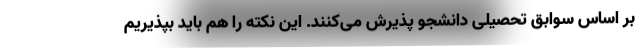
بر اساس سوابق تحصیلی دانشجو پذیرش می‌کنند. این نکته را هم باید بپذیریم